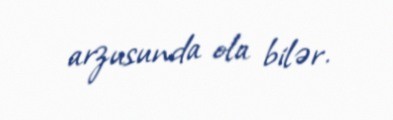
arzusunda ola bilər.